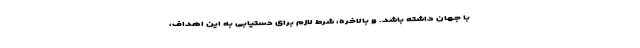
با جهان داشته باشد. و بالاخره، شرط لازم برای دستیابی به این اهداف،